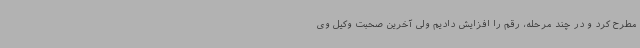
مطرح کرد و در چند مرحله، رقم را افزایش دادیم ولی آخرین صحبت وکیل وی